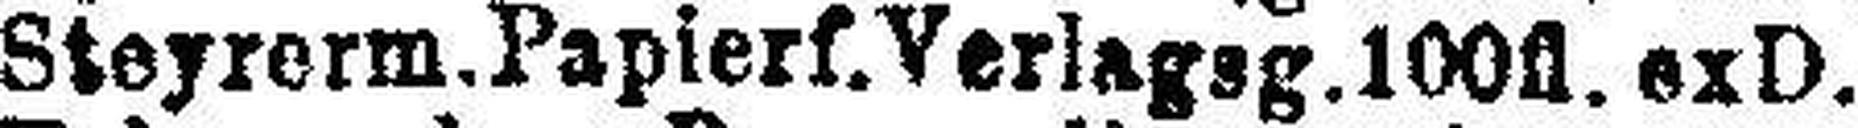
Steyrerm.Papierf.Verlagsg. 100fl. exD.